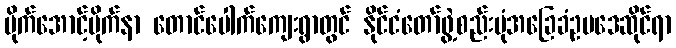
ဗိုက်အောင့်ဗိုက်နာ တောင်ပေါက်ကျေးရွာတွင် နိုင်ငံတော်ဖွဲ့စည်းပုံအခြေခံဥပဒေဆိုင်ရာ